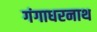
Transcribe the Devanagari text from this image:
गंगाधरनाथ